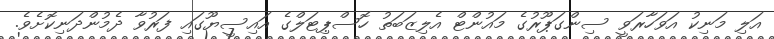
އަލި މަނިކު އަވަހާރަވީ ސިންގަޕޫރުގެ މައުންޓް އެލިޒަބަތު ހޮސްޕިޓަލްގެ އައިސީޔޫގައި ފަރުވާ ދެމުންދަނިކޮށެވެ.